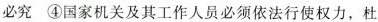
必究④国家机关及其工作人员必须依法行使权力，杜